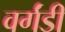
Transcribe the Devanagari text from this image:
वर्गंडी